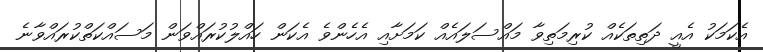
އެކަމަކު އެއީ ދަތިތަކެއް ކުރިމަތިވާ މައްސަލައެއް ކަމަށާއި އެހެންވެ އެކަން ހައްލުކުރައްވަން މަސައްކަތްކުރައްވާނެ